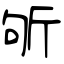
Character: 斪